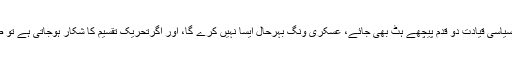
انہوں نے مزید کہا کہ اگر سیاسی قیادت دو قدم پیچھے ہٹ بھی جائے، عسکری ونگ بہرحال ایسا نہیں کرے گا، اور اگرتحریک تقسیم کا شکار ہوجاتی ہے تو صورتحال بدتر ہوجائے گی۔